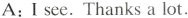
A:Isee.Thanks a lot.